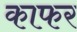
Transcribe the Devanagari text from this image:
काफर